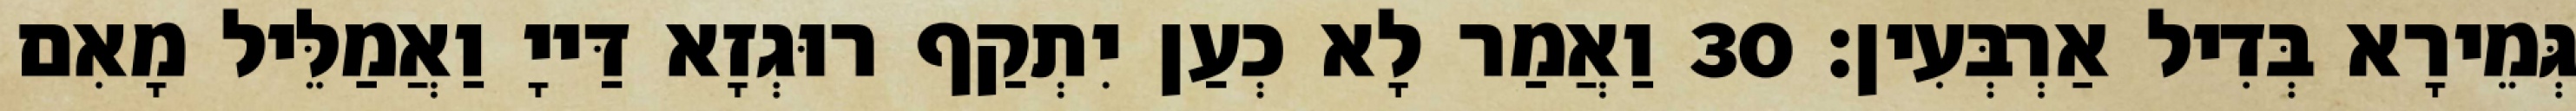
גְּמֵירָא בְּדִיל אַרְבְּעִין׃ 30 וַאֲמַר לָא כְעַן יִתְקַף רוּגְזָא דַּייָ וַאֲמַלֵּיל מָאִם